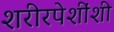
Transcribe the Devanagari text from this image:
शरीरपेशींशी